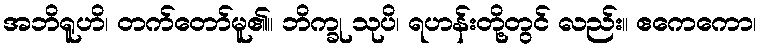
အဘိရူဟိ၊ တက်တော်မူ၏။ ဘိက္ခု သုပိ၊ ရဟန်းတို့တွင် လည်း။ ဧကေကော၊